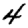
Digit: 4